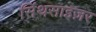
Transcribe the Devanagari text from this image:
सिंथसाइज़र